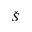
\check { S }